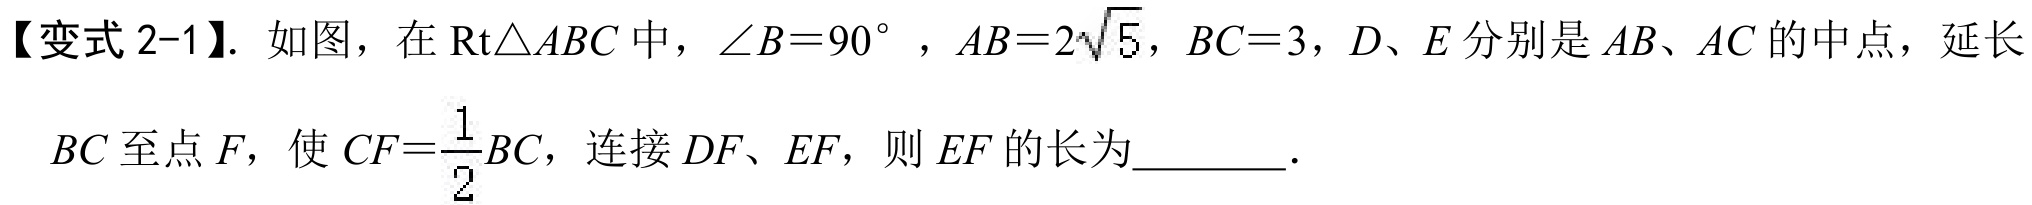
【变式 2-1】. 如图，在 \(\text{Rt}\triangle ABC\) 中，\(\angle B = 90^{\circ}\) ，\(AB = 2\sqrt{5}\)，\(BC = 3\)，\(D、E\) 分别是 \(AB、AC\) 的中点，延长
\(BC\) 至点 \(F\)，使 \(CF=\dfrac{1}{2}BC\)，连接 \(DF、EF\)，则 \(EF\) 的长为________．